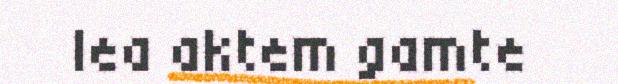
lea aktem gamte